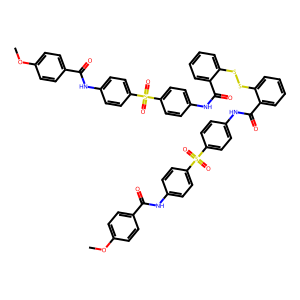
SMILES: COc1ccc(C(=O)Nc2ccc(S(=O)(=O)c3ccc(NC(=O)c4ccccc4SSc4ccccc4C(=O)Nc4ccc(S(=O)(=O)c5ccc(NC(=O)c6ccc(OC)cc6)cc5)cc4)cc3)cc2)cc1
Inhibits HIV replication: Yes